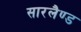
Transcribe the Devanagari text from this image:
सारलैण्ड